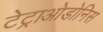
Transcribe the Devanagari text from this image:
टेट्राओडोनिस